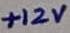
Text: +12V